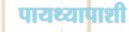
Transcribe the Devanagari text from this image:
पायथ्यापाशी